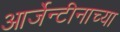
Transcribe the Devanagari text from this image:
आर्जेन्टीनाच्या